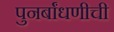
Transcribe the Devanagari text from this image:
पुनर्बांधणीची